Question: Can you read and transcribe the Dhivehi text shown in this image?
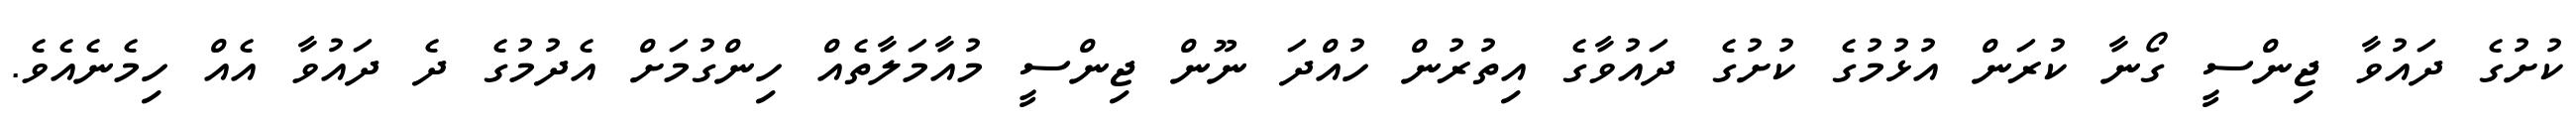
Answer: ކުށުގެ ދައުވާ ޖިންސީ ގޯނާ ކުރަން އުޅުމުގެ ކުށުގެ ދައުވާގެ އިތުރުން ހުއްދަ ނޫން ޖިންސީ މުއާމަލާތެއް ހިންގުމަށް އެދުމުގެ ދެ ދައުވާ އެއް ހިމެނެއެވެ.